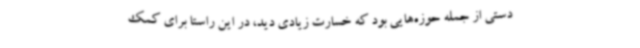
دستی از جمله حوزه‌هایی بود که خسارت زیادی دید، در این راستا برای کمک